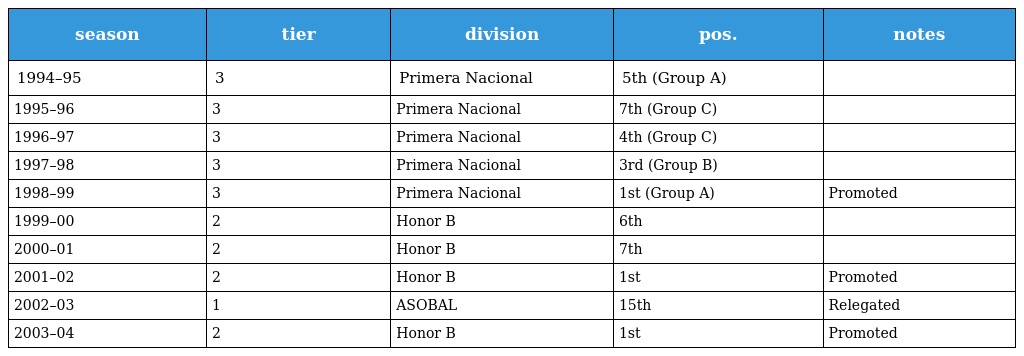
| season | tier | division | pos. | notes |
 | --- | --- | --- | --- | --- |
 | 1994–95 | 3 | Primera Nacional | 5th (Group A) |  |
 | 1995–96 | 3 | Primera Nacional | 7th (Group C) |  |
 | 1996–97 | 3 | Primera Nacional | 4th (Group C) |  |
 | 1997–98 | 3 | Primera Nacional | 3rd (Group B) |  |
 | 1998–99 | 3 | Primera Nacional | 1st (Group A) | Promoted |
 | 1999–00 | 2 | Honor B | 6th |  |
 | 2000–01 | 2 | Honor B | 7th |  |
 | 2001–02 | 2 | Honor B | 1st | Promoted |
 | 2002–03 | 1 | ASOBAL | 15th | Relegated |
 | 2003–04 | 2 | Honor B | 1st | Promoted |